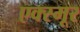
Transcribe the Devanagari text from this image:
एक्स्मूर